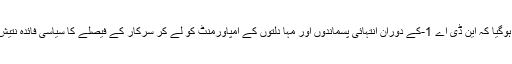
اسی طرح 2015 کے اسمبلی انتخابات میںیہ واضح ہوگیا کہ این ڈی اے 1-کے دوران انتہائی پسماندوں اور مہا دلتوں کے امپاورمنٹ کو لے کر سرکار کے فیصلے کا سیاسی فائدہ نتیش کمار ہی کو ملا، بی جے پی کے ہاتھ کچھ نہیں لگا۔